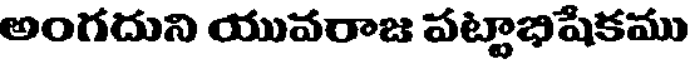
అంగదుని యువరాజ పట్టాభిషేకము